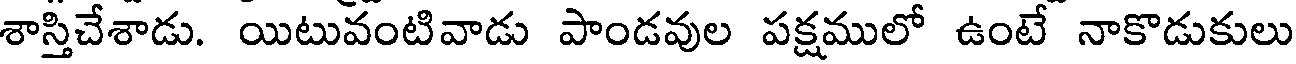
శాస్తిచేశాడు. యిటువంటివాడు పాండవుల పక్షములో ఉంటే నాకొడుకులు